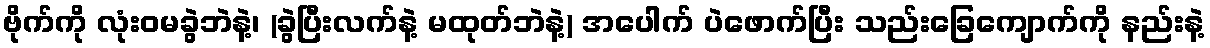
ဗိုက်ကို လုံးဝမခွဲဘဲနဲ့၊ (ခွဲပြီးလက်နဲ့ မထုတ်ဘဲနဲ့) အပေါက် ပဲဖောက်ပြီး သည်းခြေကျောက်ကို နည်းနဲ့